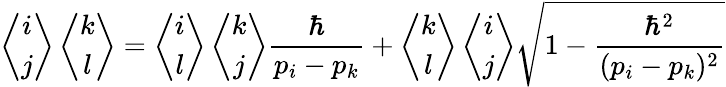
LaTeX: \left\langle\begin{array}{cc}{{i}}\\ {{j}}\end{array}\right\rangle\left\langle\begin{array}{cc}{{k}}\\ {{l}}\end{array}\right\rangle=\left\langle\begin{array}{cc}{{i}}\\ {{l}}\end{array}\right\rangle\left\langle\begin{array}{cc}{{k}}\\ {{j}}\end{array}\right\rangle\frac{\hbar}{p_{i}-p_{k}}+\left\langle\begin{array}{cc}{{k}}\\ {{l}}\end{array}\right\rangle\left\langle\begin{array}{cc}{{i}}\\ {{j}}\end{array}\right\rangle\sqrt{1-\frac{\hbar^{2}}{(p_{i}-p_{k})^{2}}}